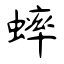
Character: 蟀